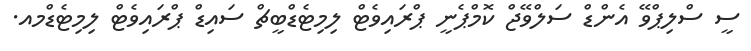
ސީ ސްލިޕްވޭ އެންޑް ސަލްވޭޖް ކޮމްޕެނީ ޕްރައިވެޓް ލިމިޓެޑްބީޗް ސައިޑް ޕްރައިވެޓް ލިމިޓެޑްމއ.